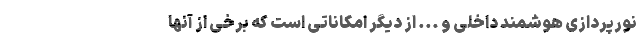
نورپردازی هوشمند داخلی و ... از دیگر امکاناتی است که برخی از آنها